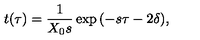
t ( \tau ) = \frac 1 { X _ { 0 } s } \exp { ( - s \tau - 2 \delta ) } ,